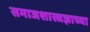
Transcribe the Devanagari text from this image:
समाजशास्त्रज्ञाच्या